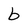
Character: b